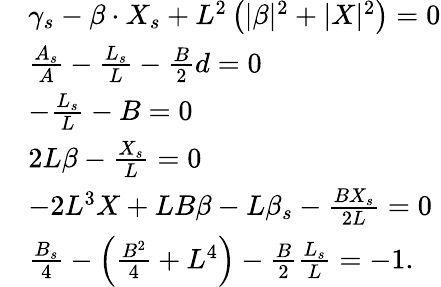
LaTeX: \begin{array}{rl}&{\gamma_{s}-\beta\cdot X_{s}+L^{2}\left(|\beta|^{2}+|X|^{2}\right)=0}\\ &{\frac{A_{s}}{A}-\frac{L_{s}}{L}-\frac{B}{2}d=0}\\ &{-\frac{L_{s}}{L}-B=0}\\ &{2L\beta-\frac{X_{s}}{L}=0}\\ &{-2L^{3}X+LB\beta-L\beta_{s}-\frac{BX_{s}}{2L}=0}\\ &{\frac{B_{s}}{4}-\left(\frac{B^{2}}{4}+L^{4}\right)-\frac{B}{2}\frac{L_{s}}{L}=-1.}\end{array}